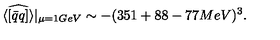
\widehat { \langle [ \bar { q } q ] \rangle } | _ { \mu = 1 G e V } \sim - ( 3 5 1 + 8 8 - 7 7 M e V ) ^ { 3 } .